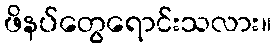
ဖိနပ်တွေရောင်းသလား။